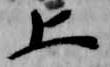
上